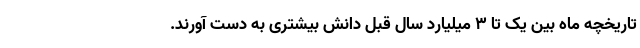
تاریخچه ماه بین یک تا ۳ میلیارد سال قبل دانش بیشتری به دست آورند.